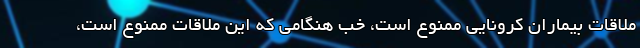
ملاقات‌ بیماران کرونایی ممنوع است، خب هنگامی که این ملاقات ممنوع است،